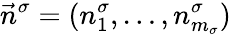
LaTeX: \vec{n}^{\sigma}=(n_{1}^{\sigma},\ldots,n_{m_{\sigma}}^{\sigma})